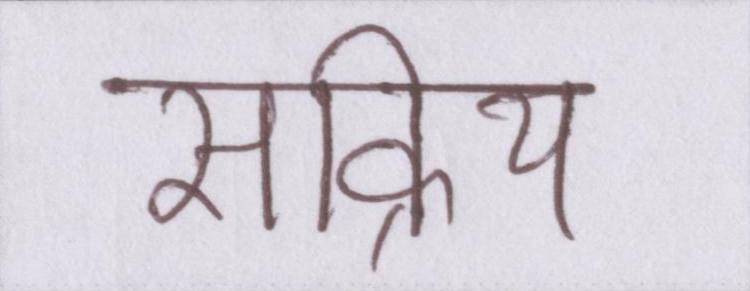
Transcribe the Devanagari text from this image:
सक्रिय